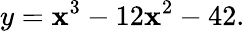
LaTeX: y=\mathbf{x}^{3}-12\mathbf{x}^{2}-42.